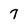
Character: 7